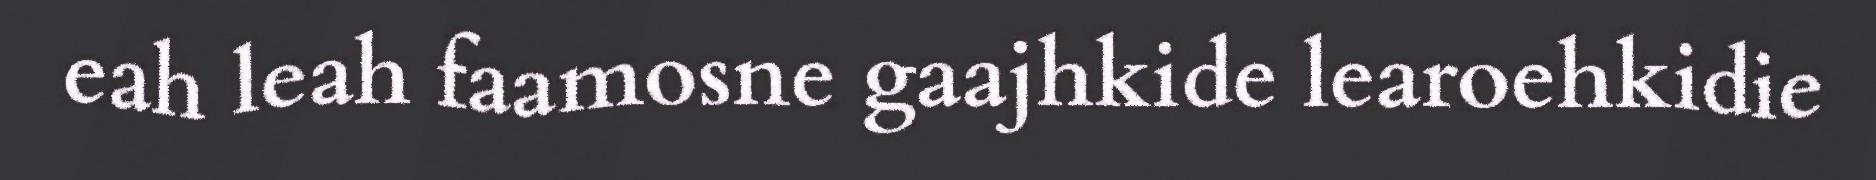
eah leah faamosne gaajhkide learoehkidie